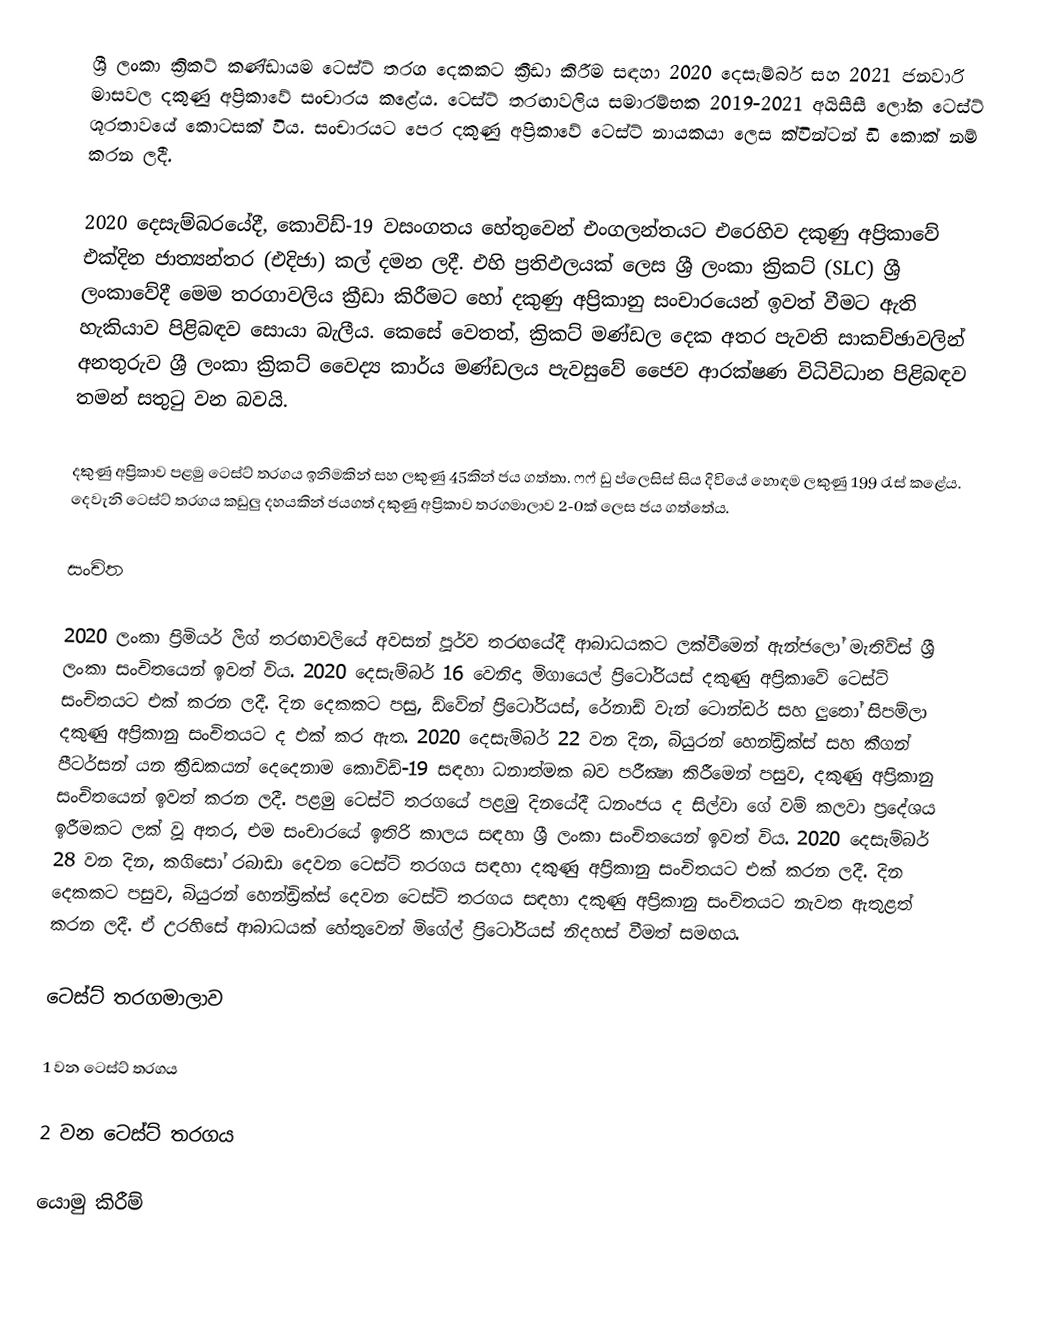
ශ්‍රී ලංකා ක්‍රිකට් කණ්ඩායම ටෙස්ට් තරග දෙකකට ක්‍රීඩා කිරීම සඳහා 2020 දෙසැම්බර් සහ 2021 ජනවාරි මාසවල දකුණු අප්‍රිකාවේ සංචාරය කළේය. ටෙස්ට් තරඟාවලිය සමාරම්භක 2019-2021 අයිසීසී ලෝක ටෙස්ට් ශූරතාවයේ කොටසක් විය. සංචාරයට පෙර දකුණු අප්‍රිකාවේ ටෙස්ට් නායකයා ලෙස ක්වින්ටන් ඩි කොක් නම් කරන ලදී.

2020 දෙසැම්බරයේදී, කොවිඩ්-19 වසංගතය හේතුවෙන් එංගලන්තයට එරෙහිව දකුණු අප්‍රිකාවේ එක්දින ජාත්‍යන්තර (එදිජා) කල් දමන ලදී. එහි ප්‍රතිඵලයක් ලෙස ශ්‍රී ලංකා ක්‍රිකට් (SLC) ශ්‍රී ලංකාවේදී මෙම තරගාවලිය ක්‍රීඩා කිරීමට හෝ දකුණු අප්‍රිකානු සංචාරයෙන් ඉවත් වීමට ඇති හැකියාව පිළිබඳව සොයා බැලීය. කෙසේ වෙතත්, ක්‍රිකට් මණ්ඩල දෙක අතර පැවති සාකච්ඡාවලින් අනතුරුව ශ්‍රී ලංකා ක්‍රිකට් වෛද්‍ය කාර්ය මණ්ඩලය පැවසුවේ ජෛව ආරක්ෂණ විධිවිධාන පිළිබඳව තමන් සතුටු වන බවයි.

දකුණු අප්‍රිකාව පළමු ටෙස්ට් තරගය ඉනිමකින් සහ ලකුණු 45කින් ජය ගත්තා. ෆෆ් ඩු ප්ලෙසිස් සිය දිවියේ හොඳම ලකුණු 199 රැස් කළේය. දෙවැනි ටෙස්ට් තරගය කඩුලු දහයකින් ජයගත් දකුණු අප්‍රිකාව තරගමාලාව 2-0ක් ලෙස ජය ගත්තේය.

සංචිත

2020 ලංකා ප්‍රිමියර් ලීග් තරඟාවලියේ අවසන් පූර්ව තරඟයේදී ආබාධයකට ලක්වීමෙන් ඇන්ජලෝ මැතිව්ස් ශ්‍රී ලංකා සංචිතයෙන් ඉවත් විය. 2020 දෙසැම්බර් 16 වෙනිදා මිගායෙල් ප්‍රිටෝරියස් දකුණු අප්‍රිකාවේ ටෙස්ට් සංචිතයට එක් කරන ලදී. දින දෙකකට පසු, ඩ්වේන් ප්‍රිටෝරියස්, රේනාඩ් වැන් ටොන්ඩර් සහ ලුතෝ සිපම්ලා දකුණු අප්‍රිකානු සංචිතයට ද එක් කර ඇත. 2020 දෙසැම්බර් 22 වන දින, බියුරන් හෙන්ඩ්‍රික්ස් සහ කීගන් පීටර්සන් යන ක්‍රීඩකයන් දෙදෙනාම කොවිඩ්-19 සඳහා ධනාත්මක බව පරීක්‍ෂා කිරීමෙන් පසුව,  දකුණු අප්‍රිකානු සංචිතයෙන් ඉවත් කරන ලදී. පළමු ටෙස්ට් තරගයේ පළමු දිනයේදී ධනංජය ද සිල්වා ගේ වම් කලවා ප්‍රදේශය ඉරීමකට ලක් වූ අතර, එම සංචාරයේ ඉතිරි කාලය සඳහා ශ්‍රී ලංකා සංචිතයෙන් ඉවත් විය. 2020 දෙසැම්බර් 28 වන දින, කගිසෝ රබාඩා දෙවන ටෙස්ට් තරගය සඳහා දකුණු අප්‍රිකානු සංචිතයට එක් කරන ලදී. දින දෙකකට පසුව, බියුරන් හෙන්ඩ්‍රික්ස් දෙවන ටෙස්ට් තරගය සඳහා දකුණු අප්‍රිකානු සංචිතයට නැවත ඇතුළත් කරන ලදී. ඒ උරහිසේ ආබාධයක් හේතුවෙන් මිගේල් ප්‍රිටෝරියස් නිදහස් වීමත් සමඟය.

ටෙස්ට් තරගමාලාව

1 වන ටෙස්ට් තරගය

2 වන ටෙස්ට් තරගය

යොමු කිරීම්